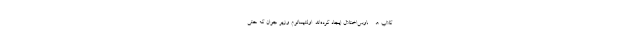
کلاب هــــاوس‌اختلال ایجاد کرده‌اند. اولتیماتوم وزیر جوان که حتی